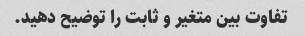
تفاوت بین متغیر و ثابت را توضیح دهید.